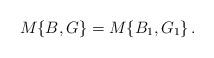
LaTeX: \begin{align*}M \{B, G \} = M \{B_{1}, G_{1} \}\,.\end{align*}